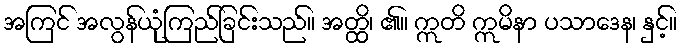
အကြင် အလွန်ယုံကြည်ခြင်းသည်။ အတ္ထိ၊ ၏။ ဣတိ ဣမိနာ ပသာဒေန၊ နှင့်။